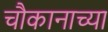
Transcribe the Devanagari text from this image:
चौकानाच्या